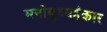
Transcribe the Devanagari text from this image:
मनोबुध्यहंकार